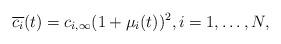
LaTeX: \begin{align*}\overline{c_i}(t) = c_{i,\infty}(1+\mu_i(t))^2, i=1,\ldots, N,\end{align*}